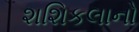
શશિકલાનો